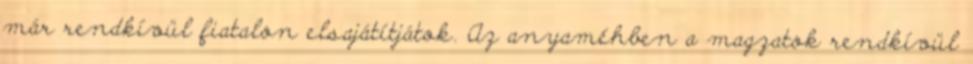
már rendkívül fiatalon elsajátítjátok. Az anyaméhben a magzatok rendkívül